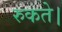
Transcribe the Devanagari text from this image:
रुकते।